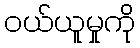
ဝယ်ယူမှုကို